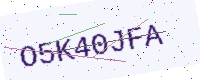
Text: O5K40JFA